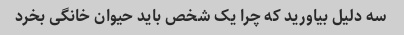
سه دلیل بیاورید که چرا یک شخص باید حیوان خانگی بخرد